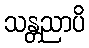
သန္တညာပိ